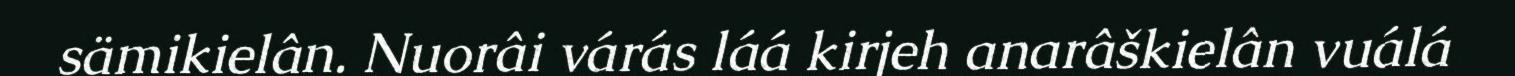
sämikielân. Nuorâi várás láá kirjeh anarâškielân vuálá